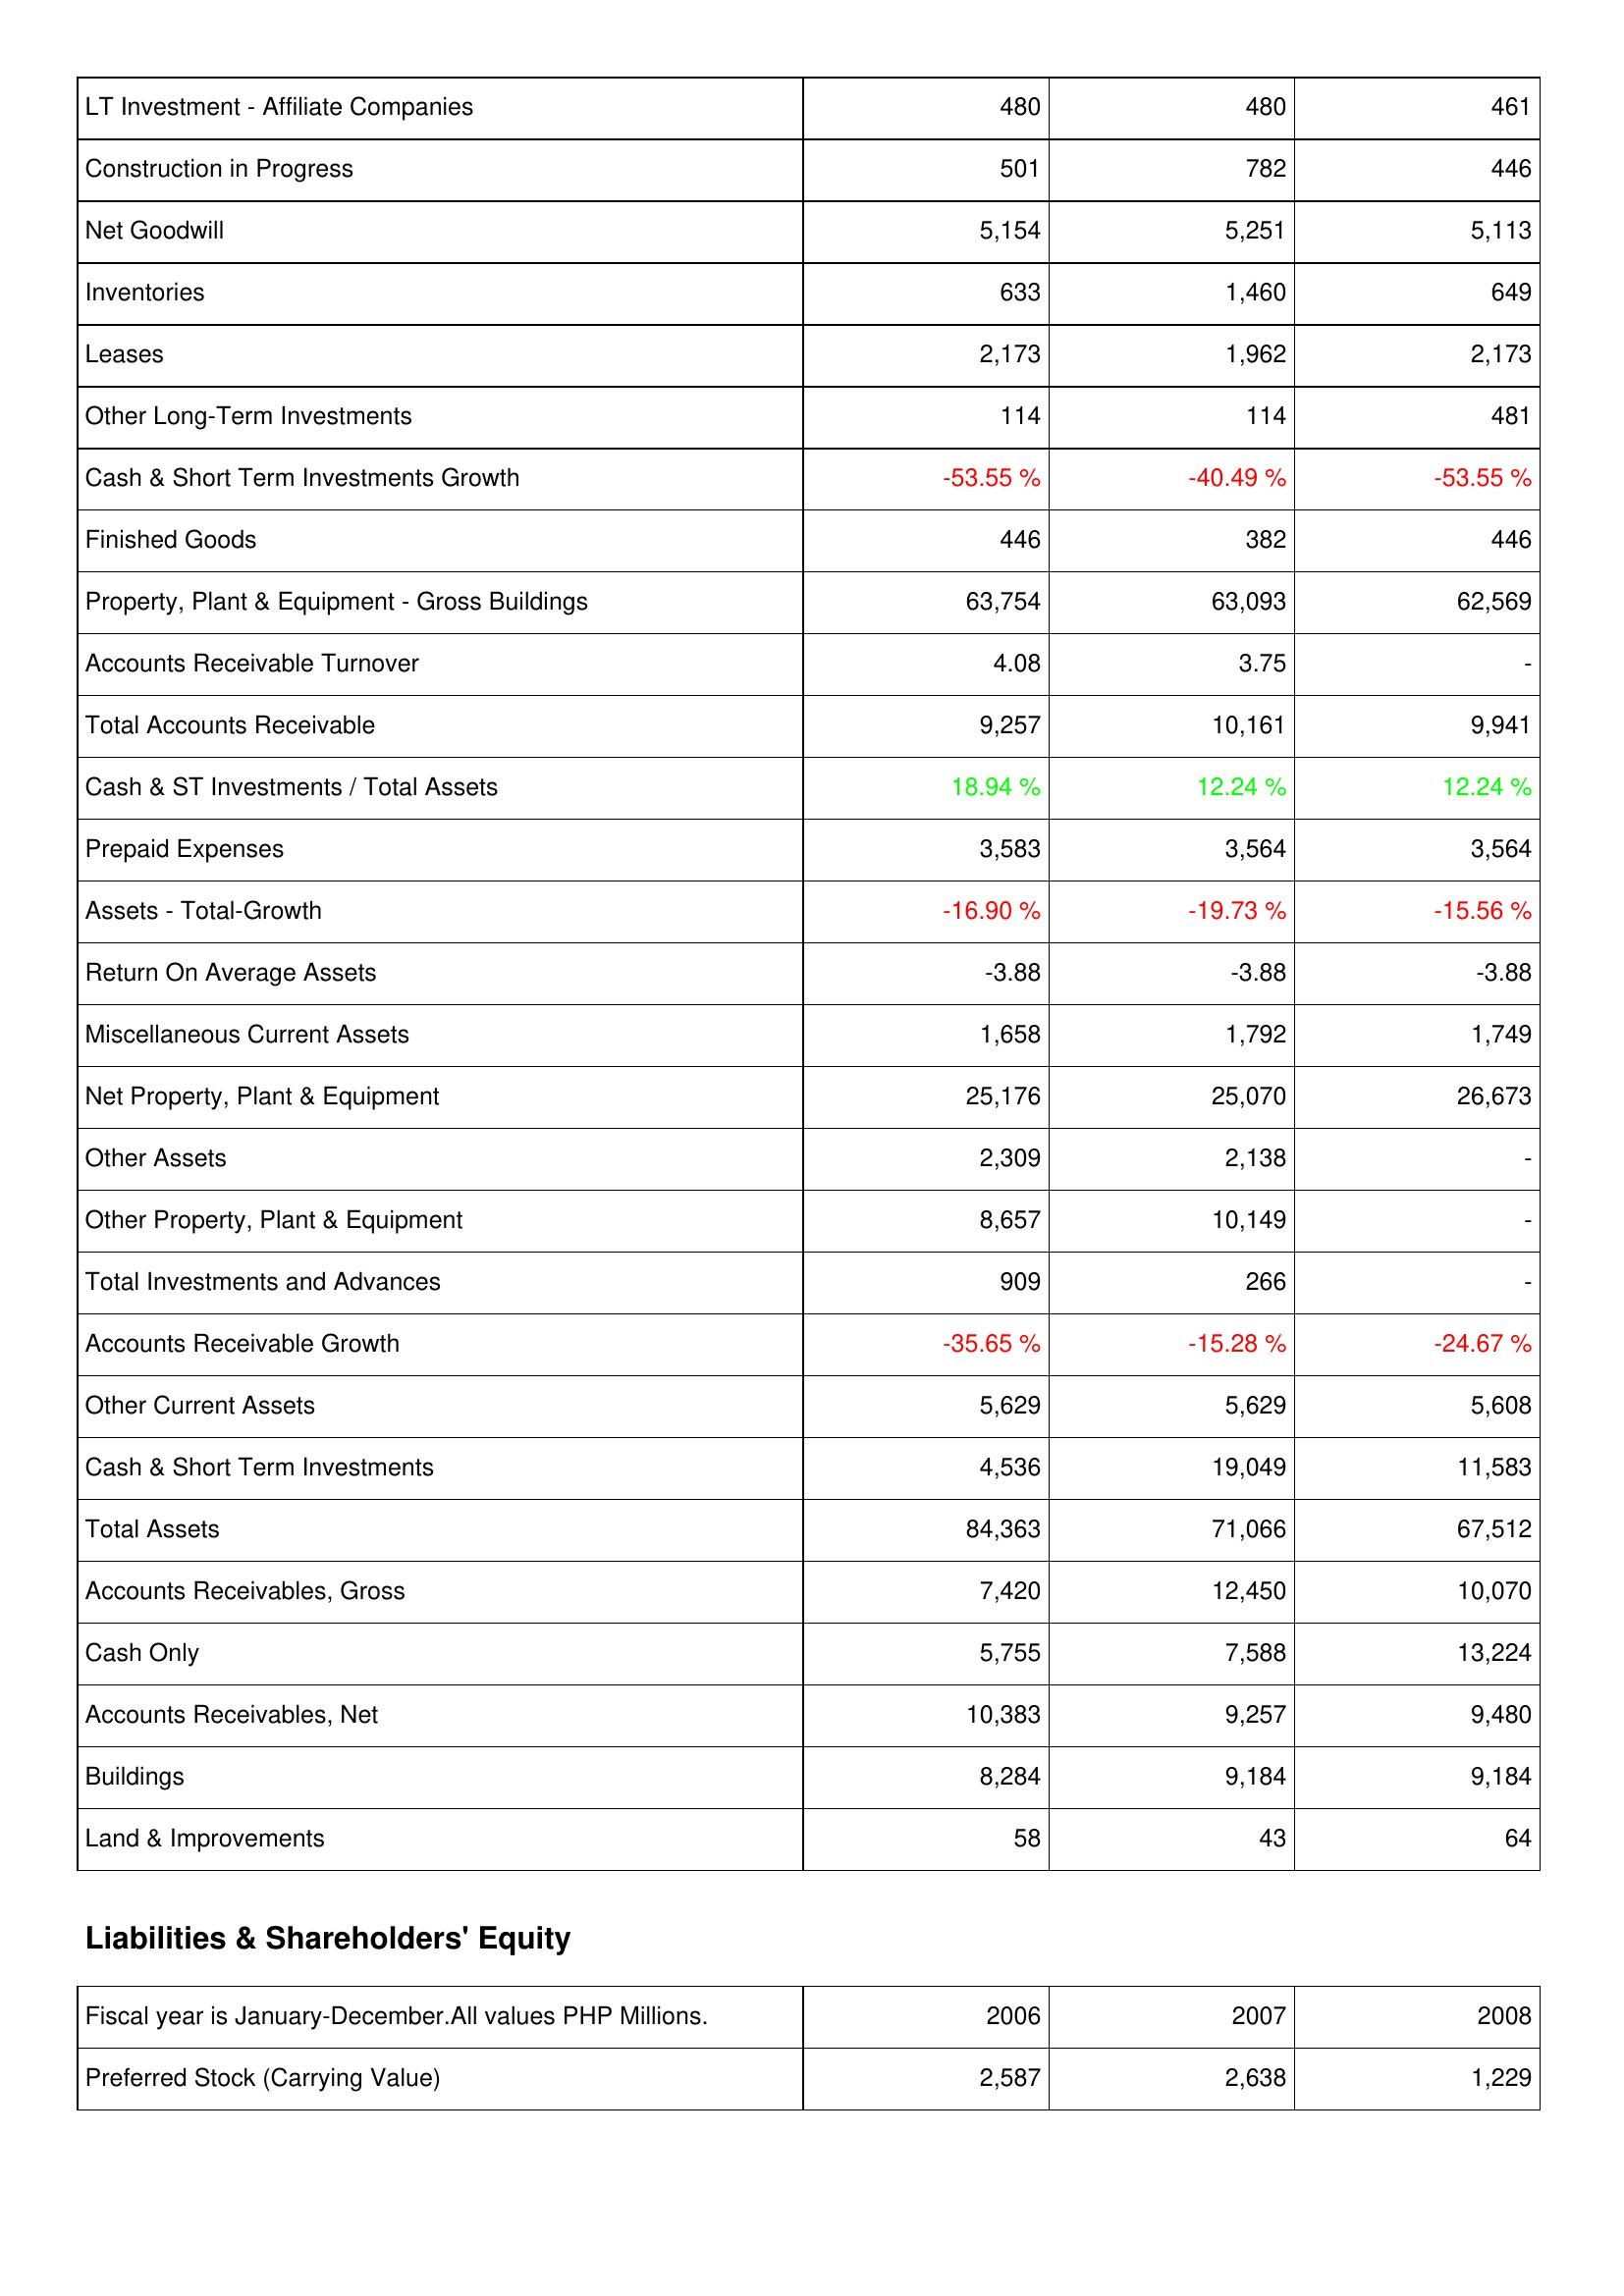
2006: Assets: LT Investment - Affiliate Companies: 480
Construction in Progress: 501
Net Goodwill: 5,154
Inventories: 633
Leases: 2,173
Other Long-Term Investments: 114
Cash & Short Term Investments Growth: -53.55 %
Finished Goods: 446
Property, Plant & Equipment - Gross Buildings: 63,754
Accounts Receivable Turnover: 4.08
Total Accounts Receivable: 9,257
Cash & ST Investments / Total Assets: 18.94 %
Prepaid Expenses: 3,583
Assets - Total-Growth: -16.90 %
Return On Average Assets: -3.88
Miscellaneous Current Assets: 1,658
Net Property, Plant & Equipment: 25,176
Other Assets: 2,309
Other Property, Plant & Equipment: 8,657
Total Investments and Advances: 909
Accounts Receivable Growth: -35.65 %
Other Current Assets: 5,629
Cash & Short Term Investments: 4,536
Total Assets: 84,363
Accounts Receivables, Gross: 7,420
Cash Only: 5,755
Accounts Receivables, Net: 10,383
Buildings: 8,284
Land & Improvements: 58
Liabilities & Shareholders' Equity: Preferred Stock (Carrying Value): 2,587
2007: Assets: LT Investment - Affiliate Companies: 480
Construction in Progress: 782
Net Goodwill: 5,251
Inventories: 1,460
Leases: 1,962
Other Long-Term Investments: 114
Cash & Short Term Investments Growth: -40.49 %
Finished Goods: 382
Property, Plant & Equipment - Gross Buildings: 63,093
Accounts Receivable Turnover: 3.75
Total Accounts Receivable: 10,161
Cash & ST Investments / Total Assets: 12.24 %
Prepaid Expenses: 3,564
Assets - Total-Growth: -19.73 %
Return On Average Assets: -3.88
Miscellaneous Current Assets: 1,792
Net Property, Plant & Equipment: 25,070
Other Assets: 2,138
Other Property, Plant & Equipment: 10,149
Total Investments and Advances: 266
Accounts Receivable Growth: -15.28 %
Other Current Assets: 5,629
Cash & Short Term Investments: 19,049
Total Assets: 71,066
Accounts Receivables, Gross: 12,450
Cash Only: 7,588
Accounts Receivables, Net: 9,257
Buildings: 9,184
Land & Improvements: 43
Liabilities & Shareholders' Equity: Preferred Stock (Carrying Value): 2,638
2008: Assets: LT Investment - Affiliate Companies: 461
Construction in Progress: 446
Net Goodwill: 5,113
Inventories: 649
Leases: 2,173
Other Long-Term Investments: 481
Cash & Short Term Investments Growth: -53.55 %
Finished Goods: 446
Property, Plant & Equipment - Gross Buildings: 62,569
Accounts Receivable Turnover: -
Total Accounts Receivable: 9,941
Cash & ST Investments / Total Assets: 12.24 %
Prepaid Expenses: 3,564
Assets - Total-Growth: -15.56 %
Return On Average Assets: -3.88
Miscellaneous Current Assets: 1,749
Net Property, Plant & Equipment: 26,673
Other Assets: -
Other Property, Plant & Equipment: -
Total Investments and Advances: -
Accounts Receivable Growth: -24.67 %
Other Current Assets: 5,608
Cash & Short Term Investments: 11,583
Total Assets: 67,512
Accounts Receivables, Gross: 10,070
Cash Only: 13,224
Accounts Receivables, Net: 9,480
Buildings: 9,184
Land & Improvements: 64
Liabilities & Shareholders' Equity: Preferred Stock (Carrying Value): 1,229